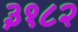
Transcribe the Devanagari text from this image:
३१८२